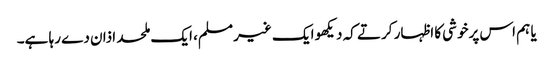
یا ہم اس پرخوشی کا اظہار کرتے کہ دیکھو ایک غیر مسلم، ایک ملحد اذان دے رہا ہے۔